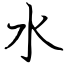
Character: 水